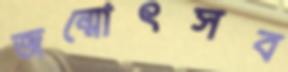
জন্মোৎসব